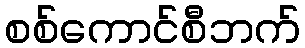
စစ်ကောင်စီဘက်